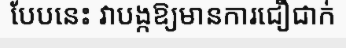
បែបនេះ វាបង្កឱ្យមានការជឿជាក់